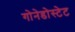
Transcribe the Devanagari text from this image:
गोनेडोस्टेट